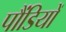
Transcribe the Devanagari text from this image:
पौंडियों